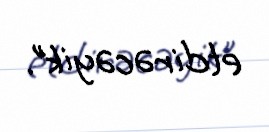
etdirəcəyik”.